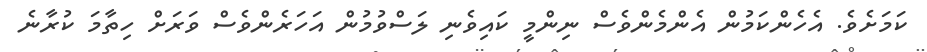
ކަމަށެވެ. އެހެންކަމުން އެންމެންވެސް ނިންމީ ކައިވެނި ލަސްވުމުން އަހަރެންވެސް ވަރަށް ހިތާމަ ކުރާނެ